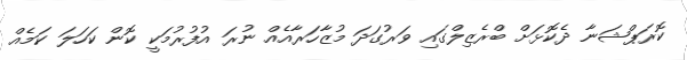
ކޮރަޕްޝަނާ ދެކޮޅަށް ބްރެޒިލްގައި ވަރުގަދަ މުޒާހަރާއެއް ނުރަ އުފުރުމަކީ ކޮން ކަހަލަ ކަމެއް